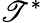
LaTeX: \mathscr{T}^{*}